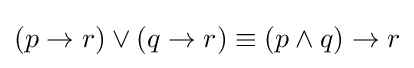
(p\rightarrow r)\vee (q\rightarrow r)\equiv (p\wedge q)\rightarrow r